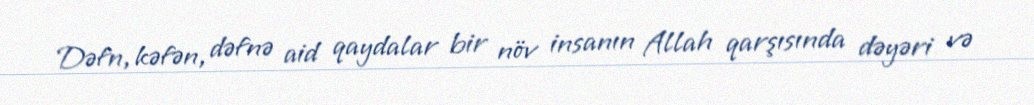
Dəfn, kəfən, dəfnə aid qaydalar bir növ insanın Allah qarşısında dəyəri və